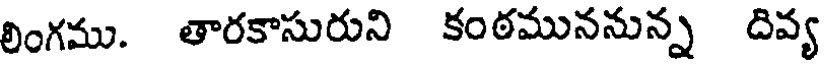
లింగము. తారకాసురుని కంఠముననున్న దివ్య